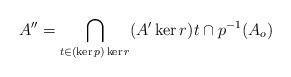
LaTeX: \begin{align*}A'' = \bigcap_{t \in (\ker p)\ker r} (A' \ker r)t \cap p^{-1}(A_o)\end{align*}